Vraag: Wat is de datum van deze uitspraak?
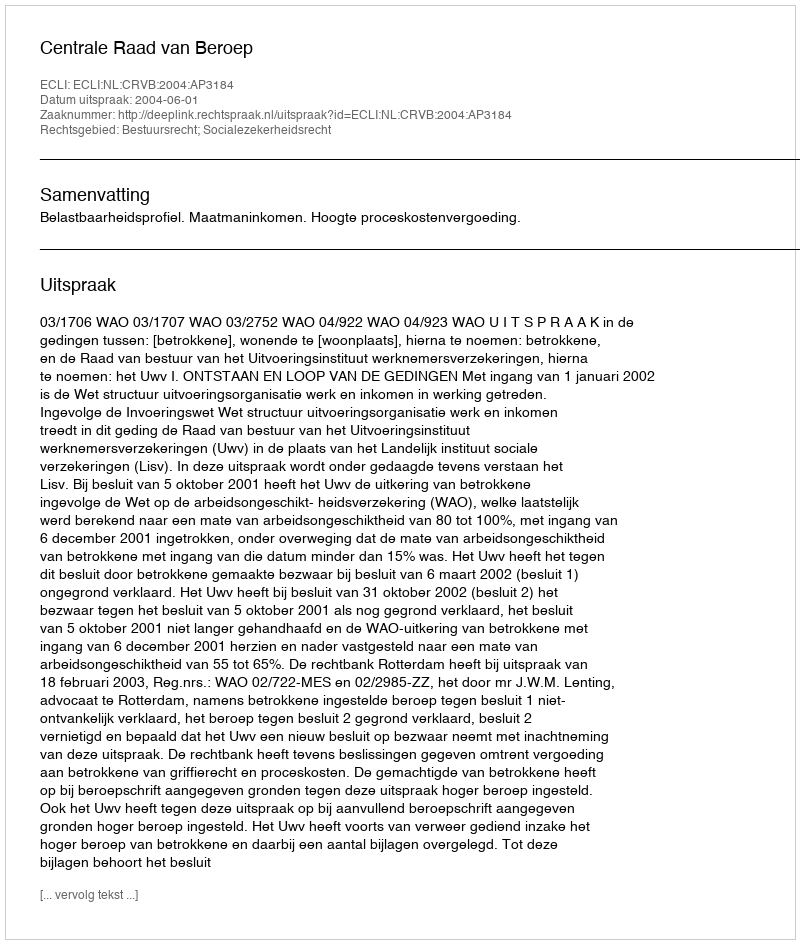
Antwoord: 2004-06-01